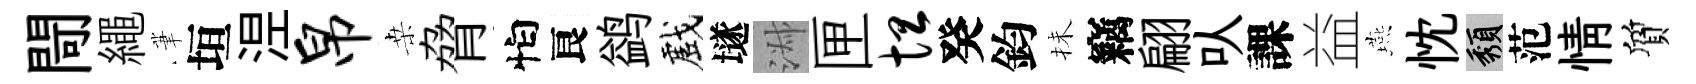
閜繩茟垣𣵀帛桒脅怕良鹢戲𡑞淑匣坦癸鈞抺竊翩㕥課益燕忱頽范情質